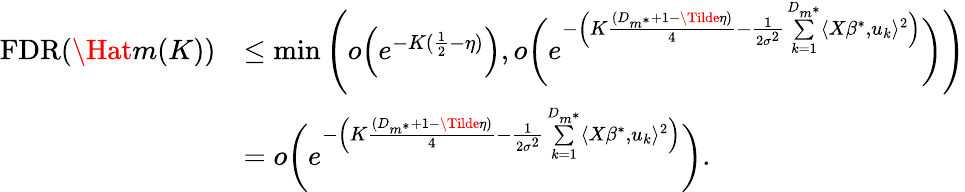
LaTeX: \begin{array}{rl}{\mathrm{FDR}(\Hat{m}(K))}&{\leq\operatorname*{min}\Bigg(o\Big(e^{-K(\frac{1}{2}-\eta)}\Big),o\bigg(e^{-\Big(K\frac{(D_{m^{*}}+1-\Tilde{\eta})}{4}-\frac{1}{2\sigma^{2}}\underset{k=1}{\overset{D_{m^{*}}}{\sum}}\langle X\beta^{*},u_{k}\rangle^{2}\Big)}\bigg)\Bigg)}\\ &{=o\bigg(e^{-\Big(K\frac{(D_{m^{*}}+1-\Tilde{\eta})}{4}-\frac{1}{2\sigma^{2}}\underset{k=1}{\overset{D_{m^{*}}}{\sum}}\langle X\beta^{*},u_{k}\rangle^{2}\Big)}\bigg).}\end{array}